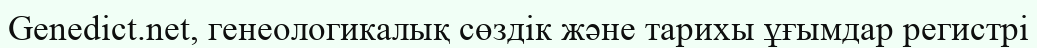
Genedict.net, генеологикалық сөздік және тарихы ұғымдар регистрі